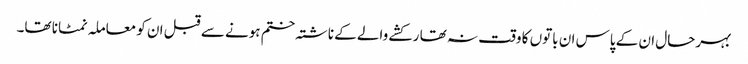
بہرحال ان کے پاس ان باتوں کا وقت نہ تھا رکشے والے کے ناشتہ ختم ہونے سے قبل ان کو معاملہ نمٹانا تھا۔